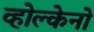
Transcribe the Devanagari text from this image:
व्होल्केनो